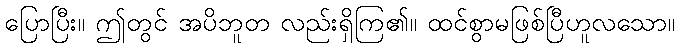
ပြောပြီး။ ဤတွင် အပိဘူတ လည်းရှိကြ၏။ ထင်စွာမဖြစ်ပြီဟူလသော။